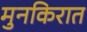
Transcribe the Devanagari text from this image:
मुनकिरात